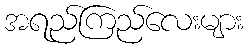
အရည်ကြည်လေးများ